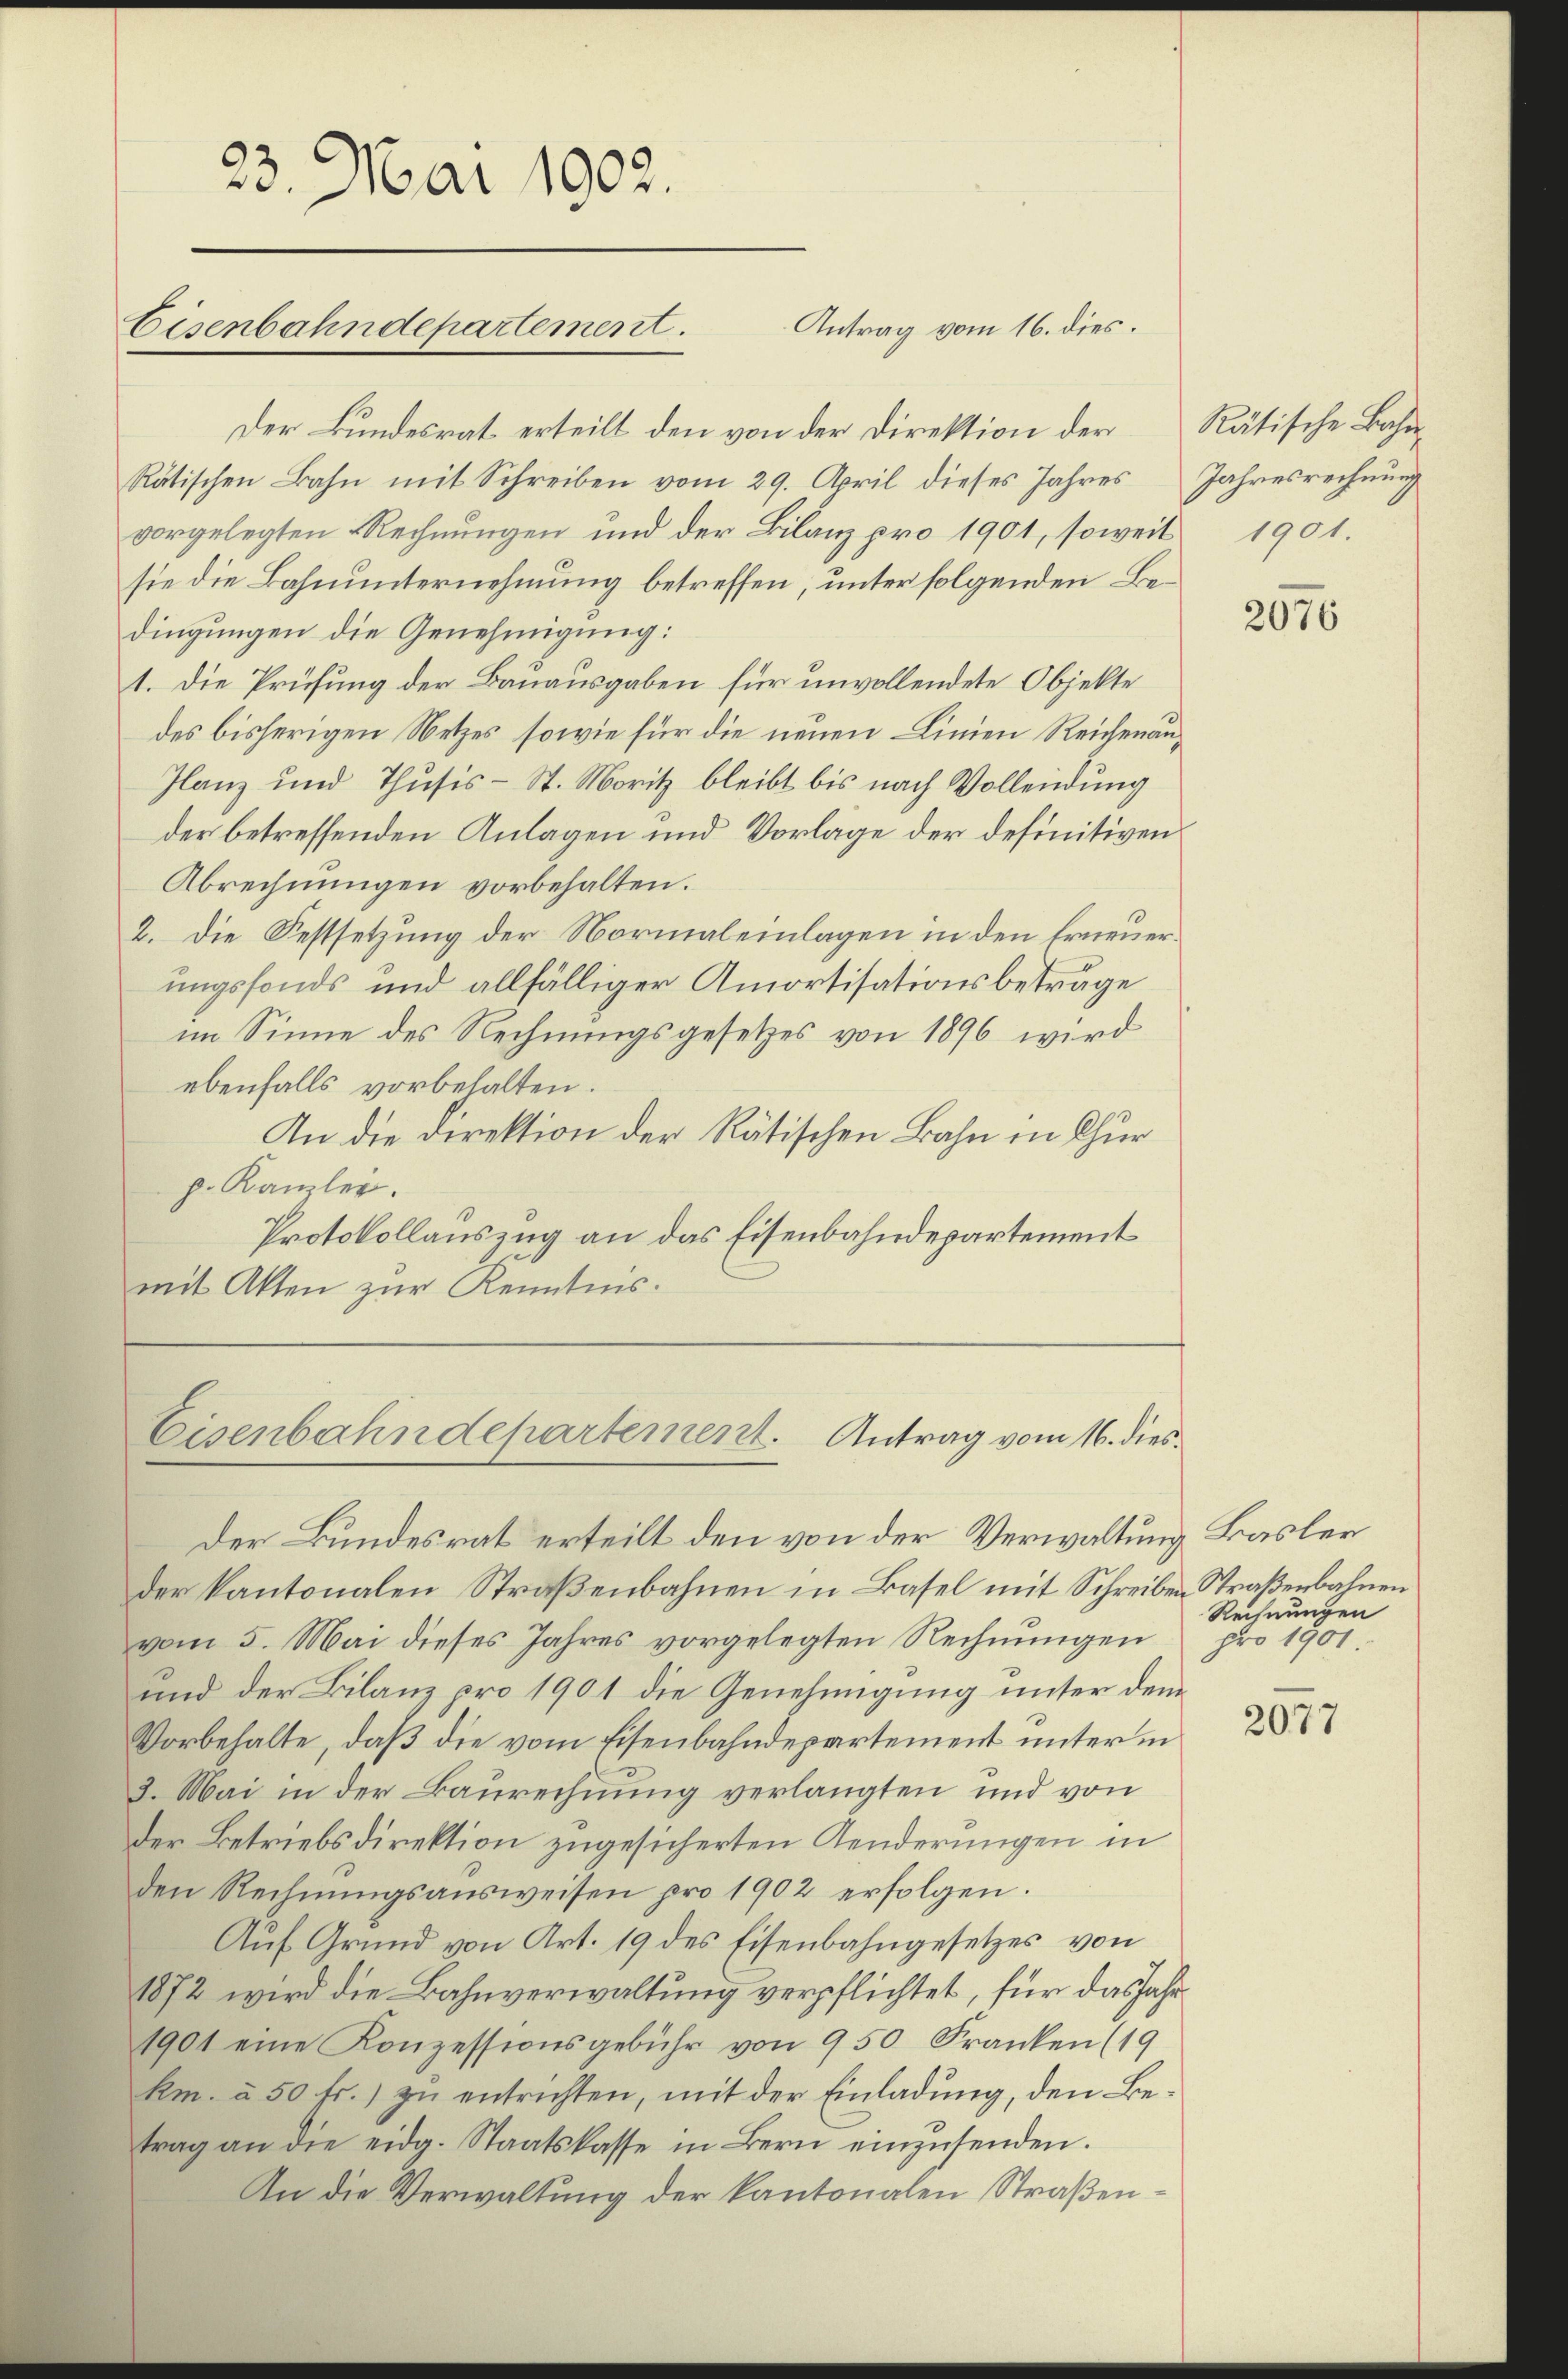
23. Mai 1902.
Antrag vom 16. dies.
Eisenbahndepartement.

Eisenbahndepartement. Antrag vom 16. dies

Der Bundesrat erteilt den von der Direktion der
Rätischen Bahn mit Schreiben vom 29. April dieses Jahres
vorgelegten Rechnungen und der Bilanz pro 1901, soweit 1901.
sie die Bahnunternehmung betreffen, unter folgenden Bedingungen die Genehmigung:
1. Die Prüfung der Bauausgaben für unvollendete Objekte
des bisherigen Netzes, sowie für die neuen Linien Reichenau¬
Ilanz und Thusis - St. Moritz bleibt bis nach Vollendung
der betreffenden Anlagen und Vorlage der definitiven
Abrechnungen vorbehalten.
2. Die Festsetzung der Normaleinlagen in den Erneuerungsfonds und allfälliger Amortisationsbeträge
im Sinne des Rechnungsgesetzes von 1896 wird
ebenfalls vorbehalten.
An die Direktion der Rätischen Bahn in Thur
p. Kanzler.
Protokollauszug an das Eisenbahndepartement
mit Akten zur Kenntnis.

Rätische Bahn-
Jahresrechnung

Der Bundesrat erteilt den von der Verwaltung Basler
der Kantonalen Straßenbahnen in Basel mit Schreiben Straßenbahnen
vom 5. Mai dieses Jahres vorgelegten Rechnungen pro 1901
und der Bilanz pro 1901 die Genehmigung unter dem
Vorbehalte, daß die vom Eisenbahndepartement unter m
2. Mai in der Baurechnung verlangten und von
der Betriebsdirektion zugesicherten Aenderungen in
den Rechnŭngsausweisen pro 1902 erfolgen.
Auf Grund von Art. 19 des Eisenbahngesetzes von
1872 wird die Bahnverwaltung verpflichtet, für dasjahr
1901 eine Konzessionsgebühr von 950 Franken (19
km. à 50 fr.) zu entrichten, mit der Einladung, den Betrag an die eidg. Staatskasse in Bern einzŭsenden.
An die Verwaltung der kantonalen Straßen¬

2076

Rechnungen

2077